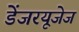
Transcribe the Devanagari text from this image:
डेंजरयूजेज